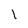
Character: l